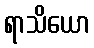
ရာသိယော